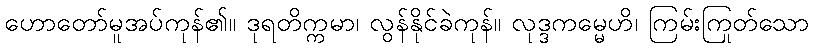
ဟောတော်မူအပ်ကုန်၏။ ဒုရတိက္ကမာ၊ လွန်နိုင်ခဲကုန်။ လုဒ္ဒကမ္မေဟိ၊ ကြမ်းကြုတ်သော